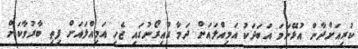
ކުރިއަށްދާން އުޅޭނަމަ އަބަދަކު އަމިއްލައަށް ދަމާ ގުއިރޯނުގައި ޖެހި އަމިއްލައަށް ފިތި ބާރުވާކަށް